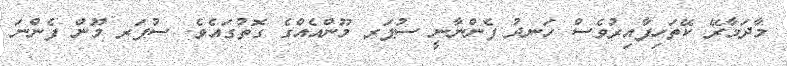
މާދަމާރޭ ކޭތަހިފާއިރުވެސް ހަނދު ފެންނާނީ ސުޕަރ މޫންއެއްގެ ގޮތުގައެވެ. ސުޕަރ މޫން ފެންނަ